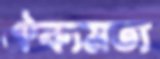
ঐক্যমত্য